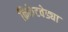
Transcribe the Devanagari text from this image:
क्रिकेटवेड्या